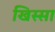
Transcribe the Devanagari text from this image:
खिस्‍सा